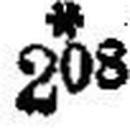
* 208